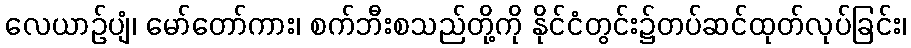
လေယာဉ်ပျံ၊ မော်တော်ကား၊ စက်ဘီးစသည်တို့ကို နိုင်ငံတွင်း၌တပ်ဆင်ထုတ်လုပ်ခြင်း၊